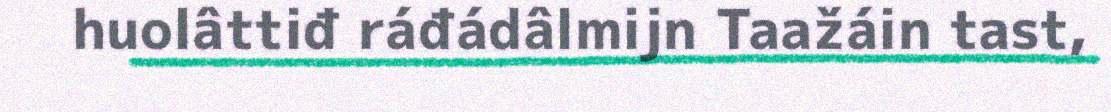
huolâttiđ ráđádâlmijn Taažáin tast,